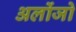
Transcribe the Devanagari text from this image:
अलोंजो